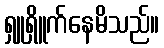
ရှူရှိူက်နေမိသည်။